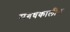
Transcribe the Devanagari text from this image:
मगधकालीन